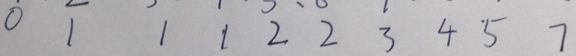
0 1 1 1 2 2 3 4 5 7